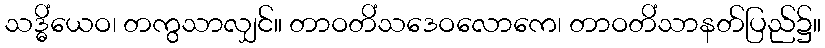
သဒ္ဓိံယေဝ၊ တကွသာလျှင်။ တာဝတိံသဒေဝလောကေ၊ တာဝတိံသာနတ်ပြည်၌။